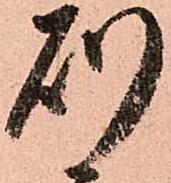
則